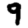
Digit: 9